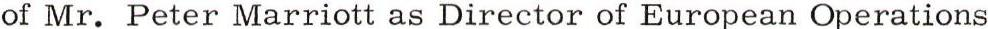
of Mr. Peter Marriott as Director of European Operations